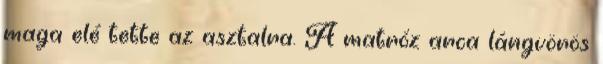
maga elé tette az asztalra. A matróz arca lángvörös